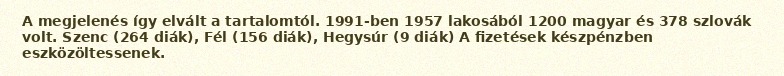
A megjelenés így elvált a tartalomtól. 1991-ben 1957 lakosából 1200 magyar és 378 szlovák volt. Szenc (264 diák), Fél (156 diák), Hegysúr (9 diák) A fizetések készpénzben eszközöltessenek.